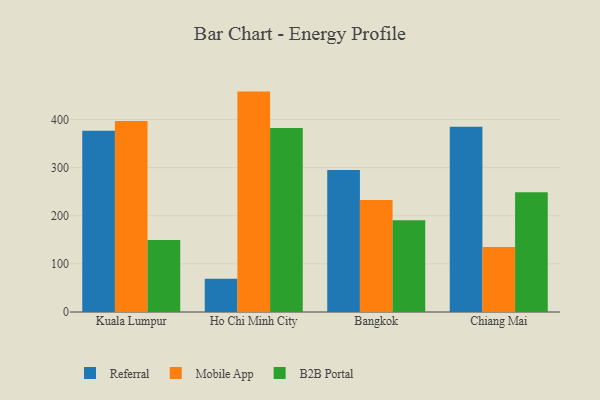
{"axis": {"x": "City", "y": "Customer Acquisition Cost (USD)"}, "legend": ["B2B Portal", "Mobile App", "Referral"], "data": [{"x": "Kuala Lumpur", "y": 376.6, "type": "Referral"}, {"x": "Kuala Lumpur", "y": 396.8, "type": "Mobile App"}, {"x": "Kuala Lumpur", "y": 149.6, "type": "B2B Portal"}, {"x": "Ho Chi Minh City", "y": 69.1, "type": "Referral"}, {"x": "Ho Chi Minh City", "y": 457.9, "type": "Mobile App"}, {"x": "Ho Chi Minh City", "y": 382.1, "type": "B2B Portal"}, {"x": "Bangkok", "y": 295.1, "type": "Referral"}, {"x": "Bangkok", "y": 232.7, "type": "Mobile App"}, {"x": "Bangkok", "y": 190.8, "type": "B2B Portal"}, {"x": "Chiang Mai", "y": 384.9, "type": "Referral"}, {"x": "Chiang Mai", "y": 135.2, "type": "Mobile App"}, {"x": "Chiang Mai", "y": 248.7, "type": "B2B Portal"}]}